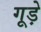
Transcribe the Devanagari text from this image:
गूड़े